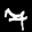
Label: 7